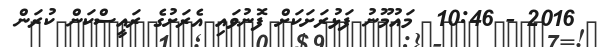
2016 - 10:46  މައުމޫނު ފަޅުރަށަކަށް ފޮނުވައި އެރަށުގެ ރައީސްކަން ކުރަން